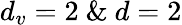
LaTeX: d_{v}=2\ \& \ d=2